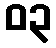
၀၃